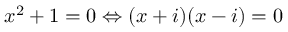
x ^ { 2 } + 1 = 0 \Leftrightarrow ( x + i ) ( x - i ) = 0